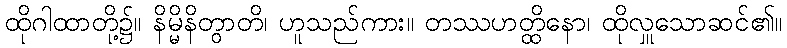
ထိုဂါထာတို့၌။ နိမ္မိနိတွာတိ၊ ဟူသည်ကား။ တဿဟတ္ထိနော၊ ထိုလှူသောဆင်၏။